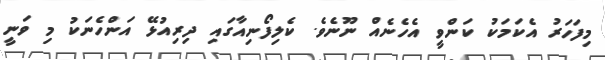
މިފަހަރު އެކަމަކު ކަންވީ އެހެނެއް ނޫނެވެ. ކެލިފޯނިއާގައި ދިރިއުޅޭ އަންހެނަކު މި ވަނީ